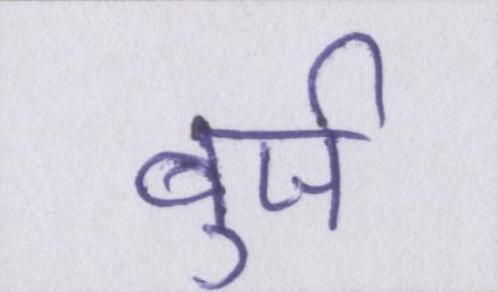
बुर्ज